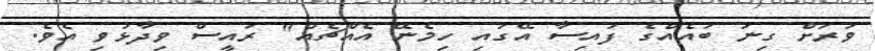
ވަރަށް ގިނަ ބައެއްގެ ފައިސާ އޭގައި ހިމެނޭ އެއްޗެއް" ރައީސް ވިދާޅުވި އެވެ.